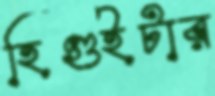
হিগুইটার